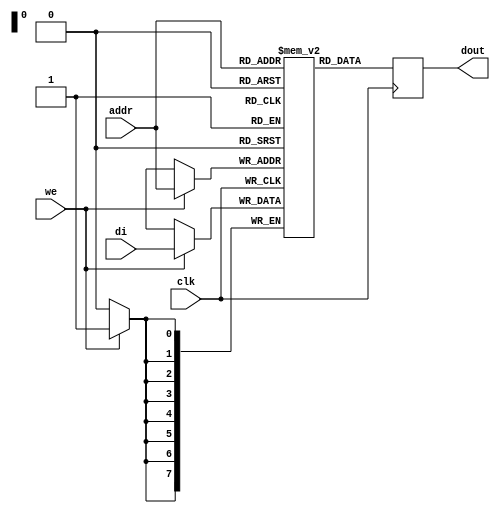

module rams_sp_rf_sync_256x8_logic (clk, we, addr, di, dout);
input clk;
input we;
input [7:0] addr;
input [7:0] di;
output [7:0] dout;

(* ram_style = "logic" *)
reg [7:0] RAM [255:0];
reg [7:0] dout;

always @(posedge clk)
    begin
        if (we)
        begin
            RAM[addr] <= di;
        end
            dout <= RAM[addr];
    end
endmodule